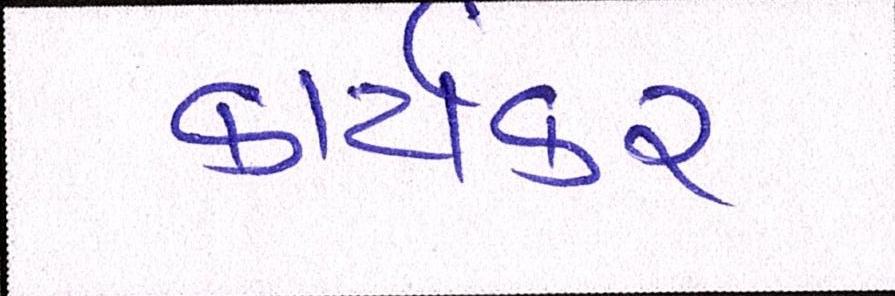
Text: કાર્યકર